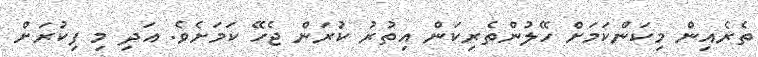
ތެރެއިން މިކަންކަމަށް ހޭލުންތެރިކަން އިތުރު ކުރަން ޖެހޭ ކަމަށެވެ. އަދި މި ފިކުރަށް